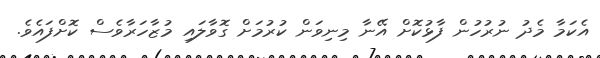
އެކަމާ މެދު ނުރުހުން ފާޅުކޮށް އޭނާ މިނިވަން ކުރުމަށް ގޮވާލައި މުޒާހަރާވެސް ކޮށްފައެވެ.